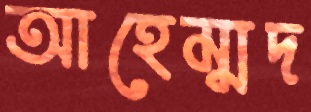
আহেম্মদ